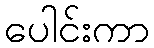
ပေါင်းကာ